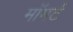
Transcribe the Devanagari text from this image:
मॉमर्ट